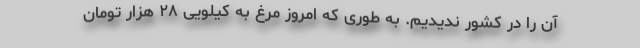
آن را در کشور ندیدیم. به طوری که امروز مرغ به کیلویی ۲۸ هزار تومان